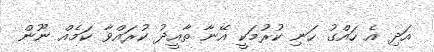
އަދި އެ ހައްގު ހަނި ކުރުމަކީ އޭނާ ތާއީދު ކުރައްވާ ކަމެއް ނޫން